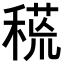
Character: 𥠸